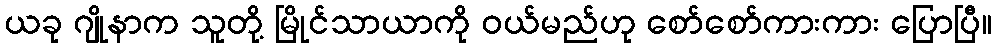
ယခု ဂျိုနာက သူတို့ မြိုင်သာယာကို ဝယ်မည်ဟု စော်စော်ကားကား ပြောပြီ။